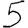
Digit: 5